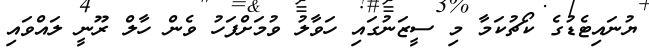
ޔުނައިޓެޑުގެ ކޯޗުކަމާ މި ސީޒަނުގައި ހަވާލު ވުމަށްފަހު ވެން ހާލް ރޫނީ ލައްވައި